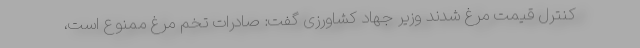
کنترل قیمت مرغ شدند وزیر جهاد کشاورزی گفت: صادرات تخم مرغ ممنوع است،